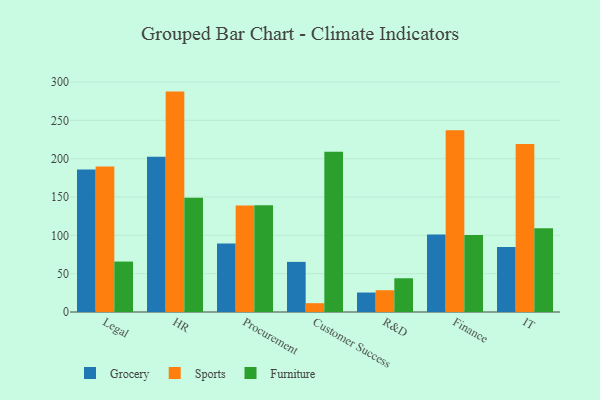
{"axis": {"x": "Department", "y": "Market Share (%)"}, "legend": ["Furniture", "Grocery", "Sports"], "data": [{"x": "Legal", "y": 185.8, "type": "Grocery"}, {"x": "Legal", "y": 189.8, "type": "Sports"}, {"x": "Legal", "y": 65.8, "type": "Furniture"}, {"x": "HR", "y": 202.4, "type": "Grocery"}, {"x": "HR", "y": 287.5, "type": "Sports"}, {"x": "HR", "y": 149.1, "type": "Furniture"}, {"x": "Procurement", "y": 89.2, "type": "Grocery"}, {"x": "Procurement", "y": 138.9, "type": "Sports"}, {"x": "Procurement", "y": 139.1, "type": "Furniture"}, {"x": "Customer Success", "y": 65.4, "type": "Grocery"}, {"x": "Customer Success", "y": 11.5, "type": "Sports"}, {"x": "Customer Success", "y": 208.9, "type": "Furniture"}, {"x": "R&D", "y": 25.4, "type": "Grocery"}, {"x": "R&D", "y": 28.4, "type": "Sports"}, {"x": "R&D", "y": 44.0, "type": "Furniture"}, {"x": "Finance", "y": 101.1, "type": "Grocery"}, {"x": "Finance", "y": 237.0, "type": "Sports"}, {"x": "Finance", "y": 100.3, "type": "Furniture"}, {"x": "IT", "y": 84.7, "type": "Grocery"}, {"x": "IT", "y": 219.2, "type": "Sports"}, {"x": "IT", "y": 109.3, "type": "Furniture"}]}